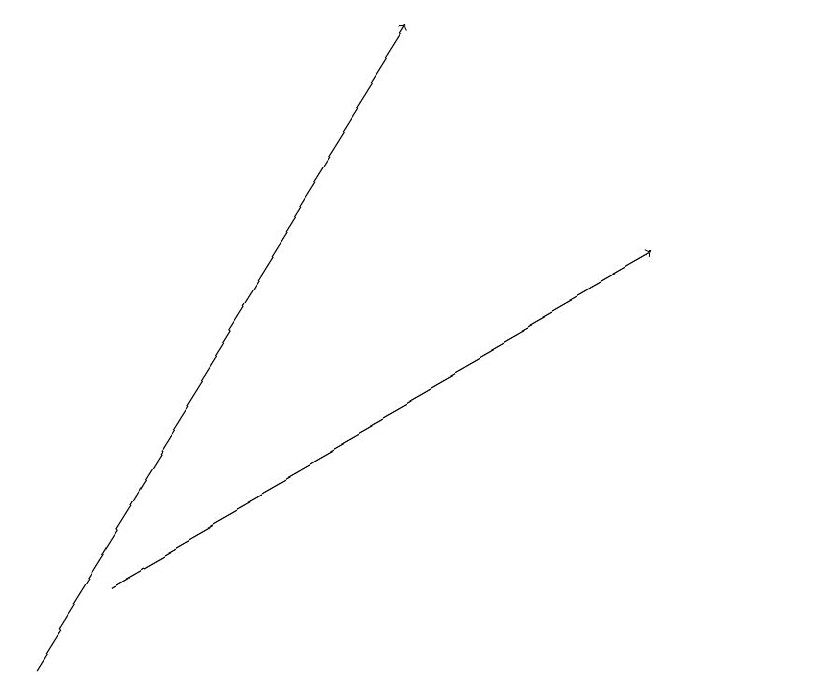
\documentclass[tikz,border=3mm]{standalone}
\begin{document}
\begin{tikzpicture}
\draw (11,11) circle (0);
\draw[->] (1,11) -- (6,19);
\draw[->] (2,12) -- (9,16);
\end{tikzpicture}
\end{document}